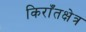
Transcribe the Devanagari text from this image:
किराँतक्षेत्र